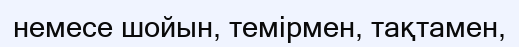
немесе шойын, темірмен, тақтамен,